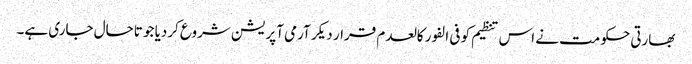
بھارتی حکومت نے اس تنظیم کو فی الفور کالعدم قرار دیکر آرمی آپریشن شروع کردیا جو تاحال جاری ہے۔